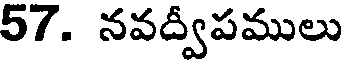
57. నవద్వీపములు